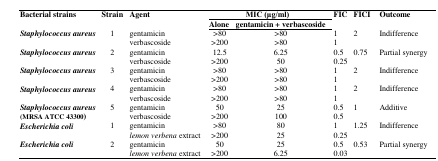
<table><thead><tr><td rowspan="2"><b>Bacterial strains</b></td><td rowspan="2"><b>Strain</b></td><td rowspan="2"><b>Agent</b></td><td colspan="2"><b>MIC (μg/ml)</b></td><td rowspan="2"><b>FIC</b></td><td rowspan="2"><b>FICI</b></td><td rowspan="2"><b>Outcome</b></td></tr><tr><td><b>Alone</b></td><td><b>gentamicin + verbascoside</b></td></tr></thead><tbody><tr><td rowspan="2"><i>Staphylococcus aureus</i></td><td rowspan="2">1</td><td>gentamicin</td><td>&gt;80</td><td>&gt;80</td><td>1</td><td rowspan="2">2</td><td rowspan="2">Indifference</td></tr><tr><td>verbascoside</td><td>&gt;200</td><td>&gt;80</td><td>1</td></tr><tr><td rowspan="2"><i>Staphylococcus aureus</i></td><td rowspan="2">2</td><td>gentamicin</td><td>12.5</td><td>6.25</td><td>0.5</td><td rowspan="2">0.75</td><td rowspan="2">Partial synergy</td></tr><tr><td>verbascoside</td><td>&gt;200</td><td>50</td><td>0.25</td></tr><tr><td rowspan="2"><i>Staphylococcus aureus</i></td><td rowspan="2">3</td><td>gentamicin</td><td>&gt;80</td><td>&gt;80</td><td>1</td><td rowspan="2">2</td><td rowspan="2">Indifference</td></tr><tr><td>verbascoside</td><td>&gt;200</td><td>&gt;80</td><td>1</td></tr><tr><td rowspan="2"><i>Staphylococcus aureus</i></td><td rowspan="2">4</td><td>gentamicin</td><td>&gt;80</td><td>&gt;80</td><td>1</td><td rowspan="2">2</td><td rowspan="2">Indifference</td></tr><tr><td>verbascoside</td><td>&gt;200</td><td>&gt;80</td><td>1</td></tr><tr><td rowspan="2"><i>Staphylococcus aureus </i>(MRSA ATCC 43300)</td><td rowspan="2">5</td><td>gentamicin</td><td>50</td><td>25</td><td>0.5</td><td rowspan="2">1</td><td rowspan="2">Additive</td></tr><tr><td>verbascoside</td><td>&gt;200</td><td>100</td><td>0.5</td></tr><tr><td rowspan="2"><i>Escherichia coli</i></td><td rowspan="2">1</td><td>gentamicin</td><td>&gt;80</td><td>80</td><td>1</td><td rowspan="2">1.25</td><td rowspan="2">Indifference</td></tr><tr><td><i>lemon verbena</i> extract</td><td>&gt;200</td><td>25</td><td>0.25</td></tr><tr><td rowspan="2"><i>Escherichia coli</i></td><td rowspan="2">2</td><td>gentamicin</td><td>50</td><td>25</td><td>0.5</td><td rowspan="2">0.53</td><td rowspan="2">Partial synergy</td></tr><tr><td><i>lemon verbena</i> extract</td><td>&gt;200</td><td>6.25</td><td>0.03</td></tr></tbody></table>